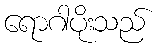
ရောဂါပိုးသည်